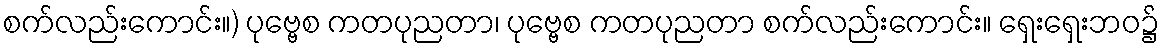
စက်လည်းကောင်း။) ပုဗ္ဗေစ ကတပုညတာ၊ ပုဗ္ဗေစ ကတပုညတာ စက်လည်းကောင်း။ ရှေးရှေးဘဝ၌